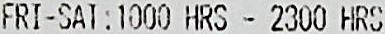
FRI-SAI : 1000 HRS - 2300 HRS